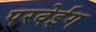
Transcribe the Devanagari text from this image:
परवेईंग